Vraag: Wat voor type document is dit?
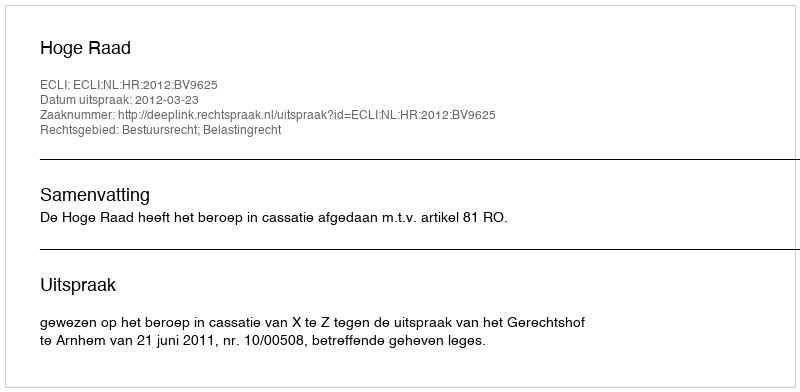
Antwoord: Uitspraak